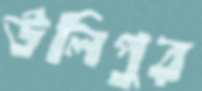
উলিপুর